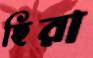
হিরা